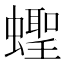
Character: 蟶